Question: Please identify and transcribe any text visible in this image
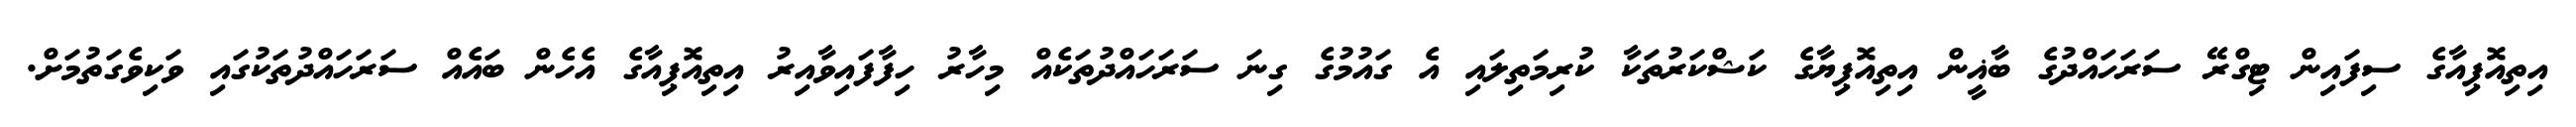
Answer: އިތިއޮޕިއާގެ ސިފައިން ޓިގްރޭ ސަރަހައްދުގެ ބާޣީން އިތިއޮޕިޔާގެ ކަޝްކަރުތަކާ ކުރިމަތިލައި އެ ގައުމުގެ ގިނަ ސަރަހައްދުތަކެއް މިހާރު ހިފާފައިވާއިރު އިތިއޮޕިއާގެ އެހެން ބައެއް ސަރަހައްދުތަކުގައި ވަކިވެގަތުމަށް.